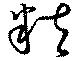
粒